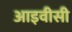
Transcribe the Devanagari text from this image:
आइवीसी